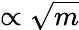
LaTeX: \propto\sqrt{m}